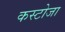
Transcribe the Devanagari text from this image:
कस्टोजा